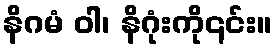
နိဂမံ ဝါ၊ နိဂုံးကို၎င်း။